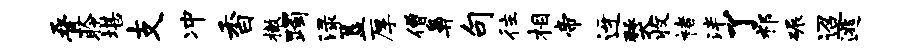
叠聆堪支冲香撤躅渌簋厚僧鼻句往相帝迓燹收褚泮了祁碾迢逃